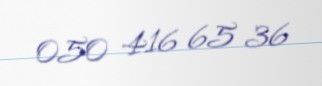
050 416 65 36